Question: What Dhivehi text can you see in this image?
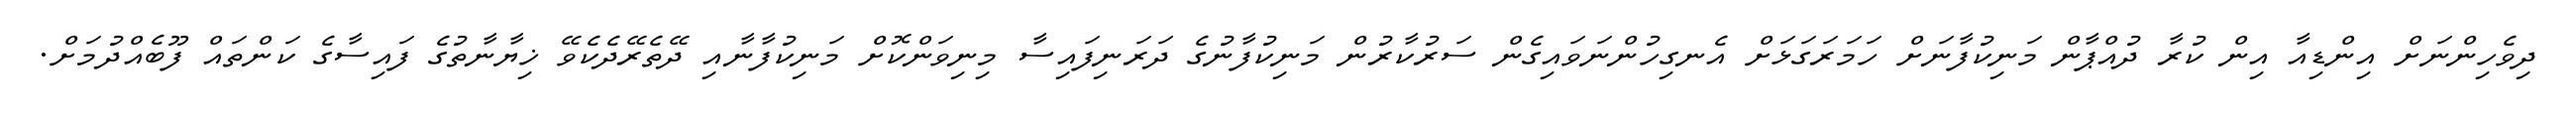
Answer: ދިވެހިންނަށް އިންޑިއާ އިން ކުރާ ދުއްޕާން މަނިކުފާނަށް ހަމަރަގަޅަށް އެނގިހުންނަވައިގެން ސަރުކާރުން މަނިކުފާނުގެ ދަރަނިފައިސާ މިނިވަންކޮށް މަނިކުފާނާއި ދޭތެރޭދެކެވޭ ޚިޔާނާތުގެ ފައިސާގެ ކަންތައް ފޫބެއްދުމަށް.